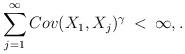
LaTeX: \begin{align*} \sum_{j=1}^{\infty}Cov(X_1, X_j)^{\gamma} \: < \: \infty, .\end{align*}